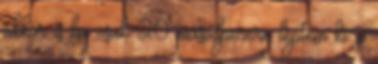
akkor is ha csak 20 másodpercre léptem ki a